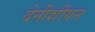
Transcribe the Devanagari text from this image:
वेनीशीयन